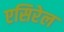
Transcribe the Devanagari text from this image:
एसिरेल